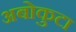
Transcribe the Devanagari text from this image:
अबोकुटा